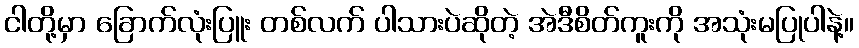
ငါတို့မှာ ခြောက်လုံးပြူး တစ်လက် ပါသားပဲဆိုတဲ့ အဲဒီစိတ်ကူးကို အသုံးမပြုပါနဲ့။